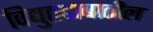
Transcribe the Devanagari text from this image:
विद्युतदाबातील